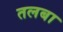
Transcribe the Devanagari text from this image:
तलबा